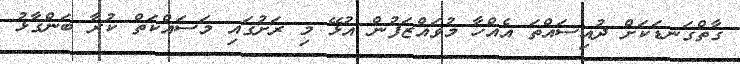
ގާތްގަނޑަކަށް ދުއިސައްތަ އެއްހާ މުވައްޒަފުން އުޅޭ މި ރަށުގައި މަސައްކަތް ކުރާ ބަންގާޅު